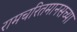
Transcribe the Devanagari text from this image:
रामचरितमानसच्या